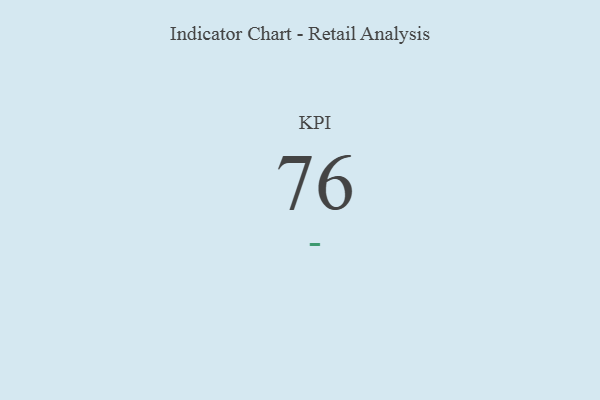
{"axis": {"x": "KPI", "y": "Value"}, "legend": [""], "data": [{"x": "KPI", "y": 76, "type": ""}]}